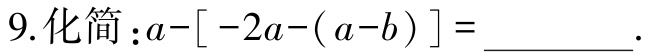
$9.化简：a-[-2a-(a - b)] = \_\_\_\_\_\_.$